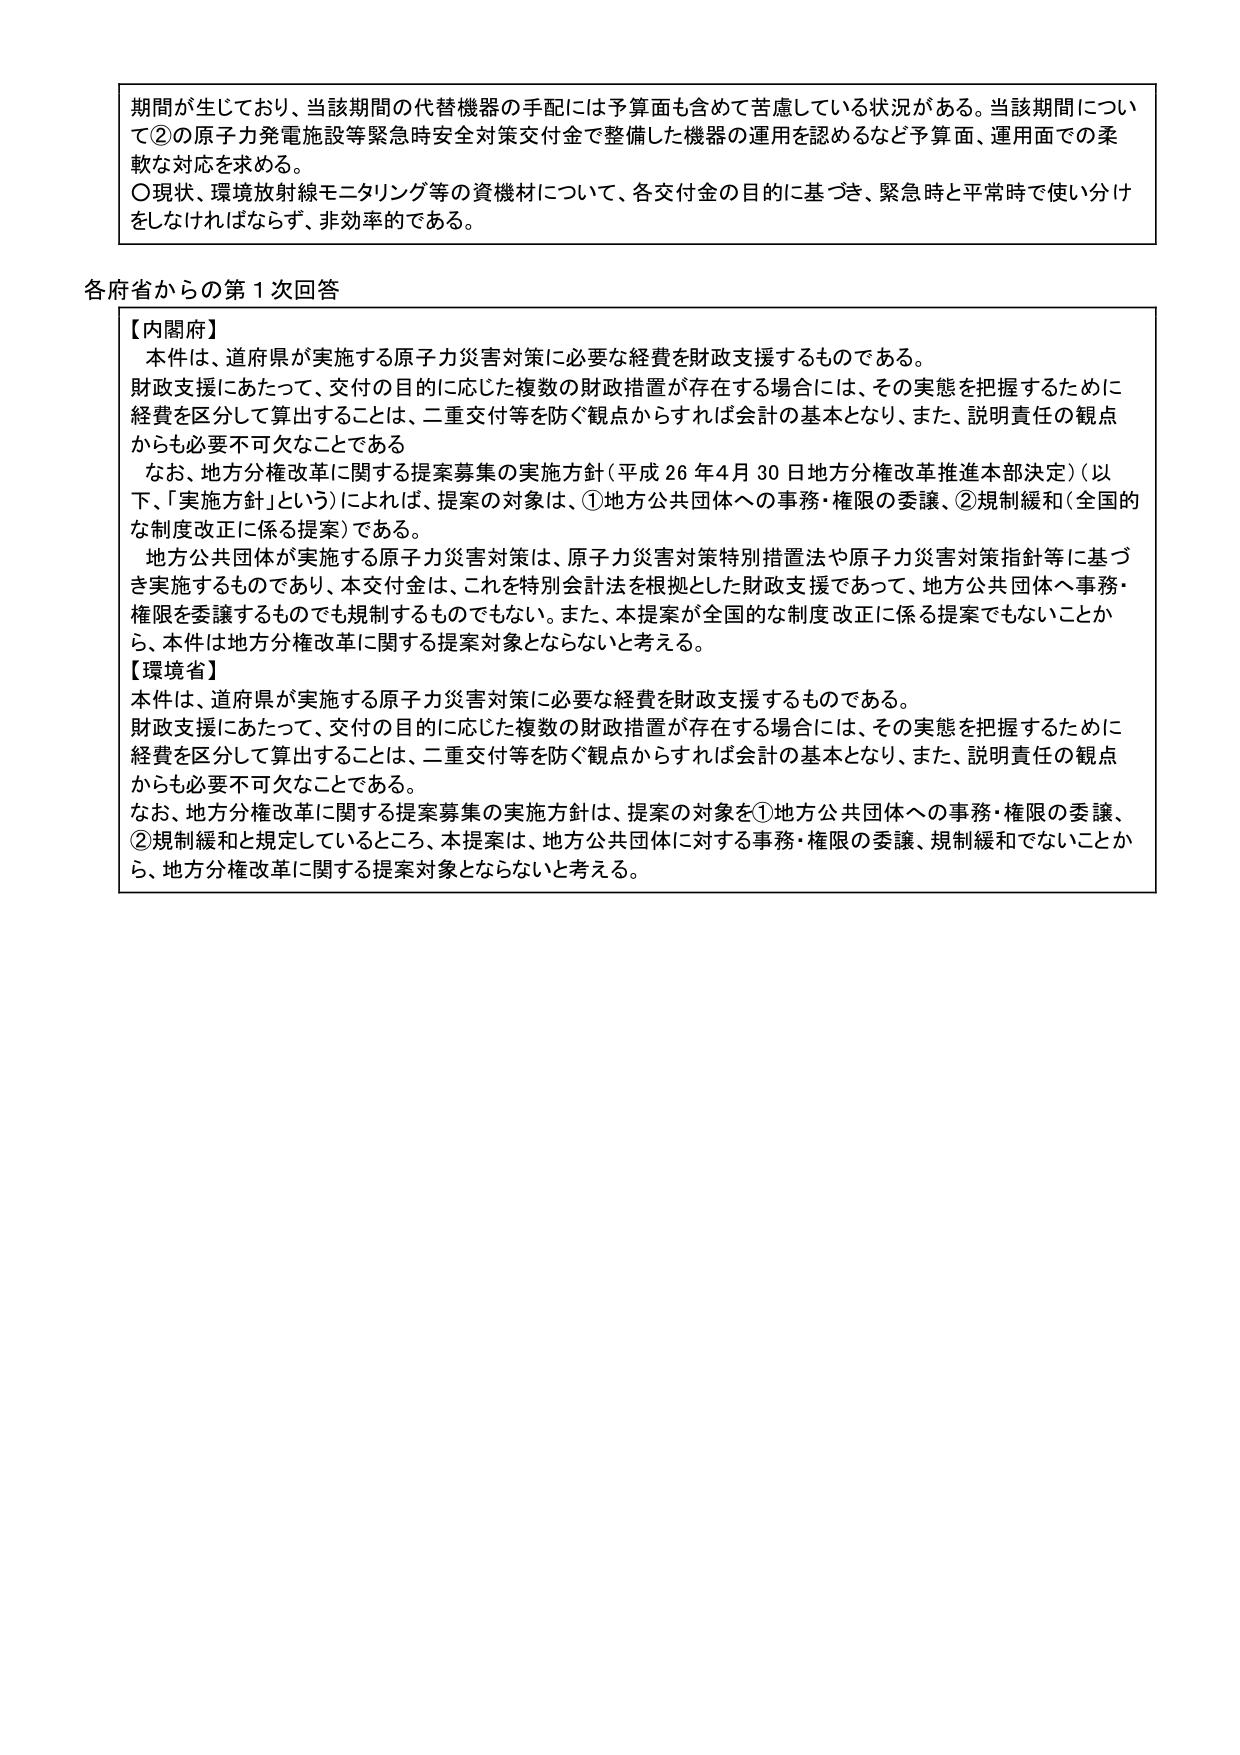
期間が生じており、当該期間の代替機器の手配には予算面も含めて苦慮している状況がある。当該期間について②の原子力発電施設等緊急時安全対策交付金で整備した機器の運用を認めるなど予算面、運用面での柔軟な対応を求める。
〇現状、環境放射線モニタリング等の資機材について、各交付金の目的に基づき、緊急時と平常時で使い分けをしなければならず、非効率的である。

各府省からの第１次回答

【内閣府】
本件は、道府県が実施する原子力災害対策に必要な経費を財政支援するものである。
財政支援にあたって、交付の目的に応じた複数の財政措置が存在する場合には、その実態を把握するために経費を区分して算出することは、二重交付等を防ぐ観点からすれば会計の基本となり、また、説明責任の観点からも必要不可欠なことである。
なお、地方分権改革に関する提案募集の実施方針（平成26年4月30日地方分権改革推進本部決定）（以下、「実施方針」という）によれば、提案の対象は、①地方公共団体への事務・権限の委譲、②規制緩和（全国的な制度改正に係る提案）である。
地方公共団体が実施する原子力災害対策は、原子力災害対策特別措置法や原子力災害対策指針等に基づき実施するものであり、本交付金は、これを特別会計法を根拠とした財政支援であって、地方公共団体へ事務・権限を委譲するものでも規制するものでもない。また、本提案が全国的な制度改正に係る提案でもないことから、本件は地方分権改革に関する提案対象とならないと考える。

【環境省】
本件は、道府県が実施する原子力災害対策に必要な経費を財政支援するものである。
財政支援にあたって、交付の目的に応じた複数の財政措置が存在する場合には、その実態を把握するために経費を区分して算出することは、二重交付等を防ぐ観点からすれば会計の基本となり、また、説明責任の観点からも必要不可欠なことである。
なお、地方分権改革に関する提案募集の実施方針は、提案の対象を①地方公共団体への事務・権限の委譲、②規制緩和と規定しているところ、本提案は、地方公共団体に対する事務・権限の委譲、規制緩和でないことから、地方分権改革に関する提案対象とならないと考える。